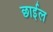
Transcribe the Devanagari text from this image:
छार्इल